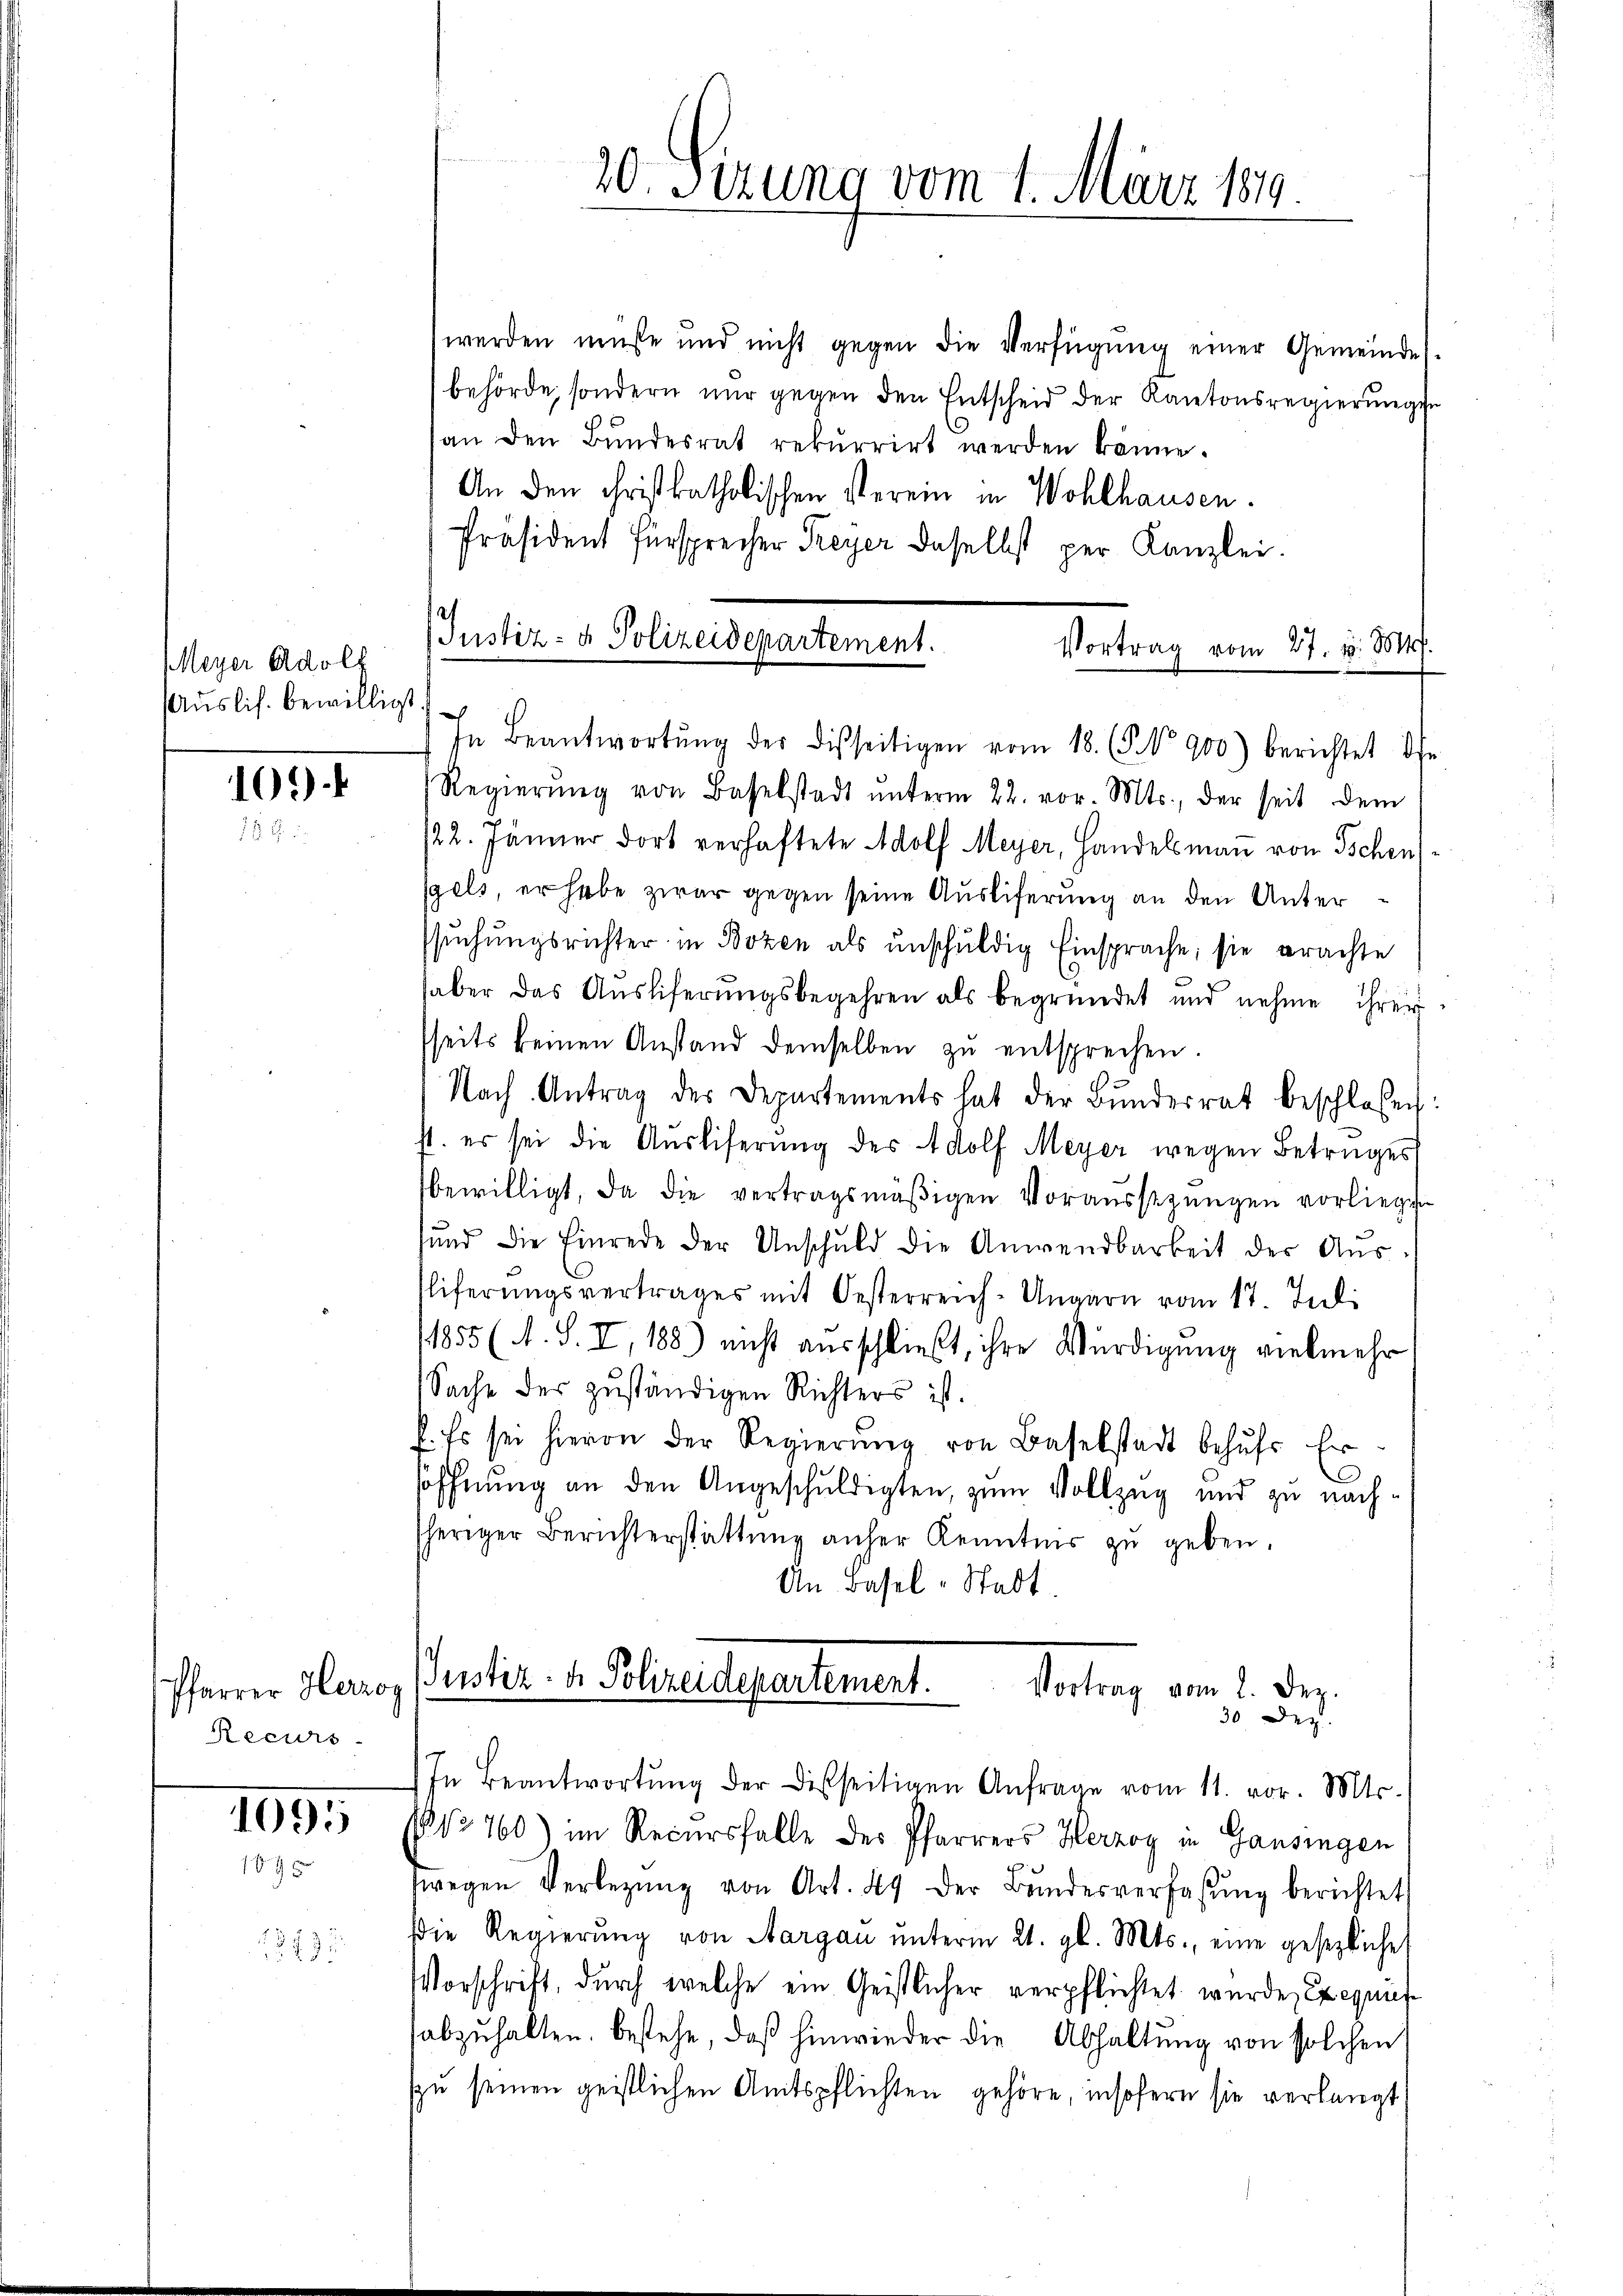
Meyer Adolf
Auslis. bewilligt

109)

Pfarrer Herzog
Recurs-

1095
1.

279:

20. Sizung vom 1. März 1819

werden müße und nicht gegen die Verfügung einer Gemeindesbehörde, sondern nur gegen den Entscheid der Kantonsregierungen
an den Bŭndesrat rekurrirt werden könne.
An den christkatholischen Verein in Wohlhausen.
Präsident Fürsprecher Freyer daselbst per Kanzlei.
Justiz- & Polizeidepartement.
Vortrag vom 27. v. Mts.

h

In Beantwortŭng der disseitigen vom 18. (§. No 900) berichtet is
Regierŭng von Baselstadt ŭnterm 22. vor. Mts., der seit dem
/22. Jänner dort verhaftete Adolf Meyer, Handelsman von Tschen,
sgels, er habe zwar gegen seine Ausliferung an den Unterssŭchŭngsrichter in Bozen als ŭnschŭldig Einsprache, sie erachte
aber das Ausliferungsbegehren als begründet und nehme ihrer
sseits keinen Anstand demselben zŭ entsprechen.
Nach Antrag des Departements hat der Bŭndesrat beschlossen:
st. es sei die Aŭsliferŭng des Adolf Meyer wegen Betruges
bewilligt, da die vertragsmäβigen Voraŭsstzŭngen vorliege
und die Einrede der Unschuld die Anwendbarkeit der Aŭs-
Eliferŭngsvertrages mit Oesterreich-Ungarn vom 17. Jul.
1855 (A. S. I, 188) nicht ausschließt, ihre Würdigung vielmehr
Sache des zuständigen Richters ist.
l. Es sei hievon der Regierŭng von Baselstadt behŭfs Ersoffnung an den Angeschuldigten, zum Vollzug und zu nachsheriger Berichterstattŭng anfer Kenntner zu geben.
An Basel-Stadt.

Justiz- u. Polizeidepartement.
Vortrag vom 2. Dez.
30 Dez.
In Beantwortŭng der Disseitigen Anfrage vom 11. vor. Mts.

No 760) im Recursfalle des Pfarrers Herzog in Gausingen
wegen Verlegŭng von Art. 49 der Bŭndesverfassŭng berichtet
die Regierŭng von Aargau unterm 21. gl. Mts., eine gesezlichet
Vorschrift, durch welche ein Geistlicher verpflichtet wurde, Exequis
abzuhalten, bestehe, daß hinwieder die Abhaltung von solchen
szu seinen geistlichen Amtspflichten gehöre, insofern sie verlangt